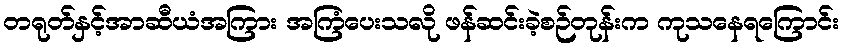
တရုတ်နှင့်အာဆီယံအကြား အကြံပေးသလို ဖန်ဆင်းခဲ့စဉ်တုန်းက ကုသနေရကြောင်း